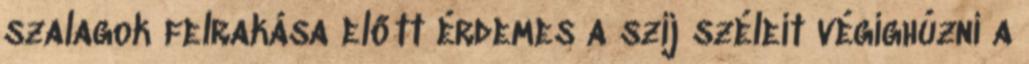
szalagok felrakása előtt érdemes a szíj széleit végighúzni a